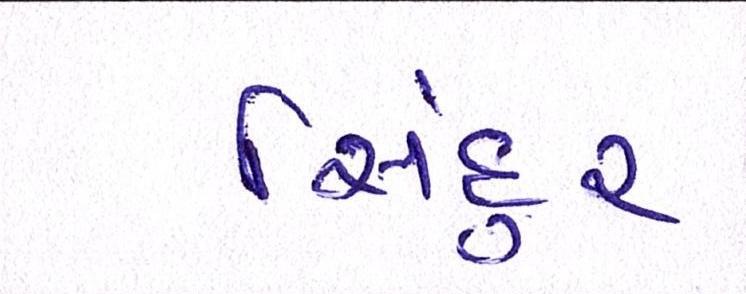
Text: સિંદુર